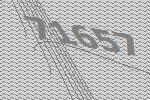
71657